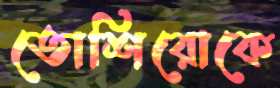
তোশিরোকে